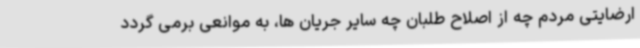
ارضایتی مردم چه از اصلاح طلبان چه سایر جریان ها، به موانعی برمی گردد